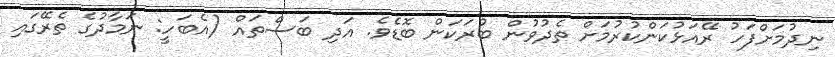
ނިދުމަށްފަހު ރޭއަޅުކަންކުރުމަށް ތެދުވުން ބުރަކަން ބޮޑެވެ. އަދި ބަސްތައް (އެބަހީ: ނަމާދުގެ ތެރޭގައި